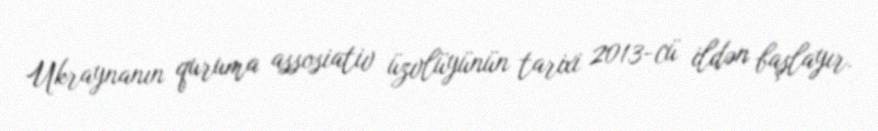
Ukraynanın quruma assosiativ üzvlüyünün tarixi 2013-cü ildən başlayır.